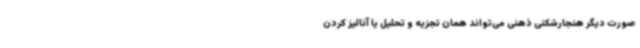
صورت دیگر هنجارشکنی ذهنی می‌تواند همان تجزیه و تحلیل یا آنالیز کردن